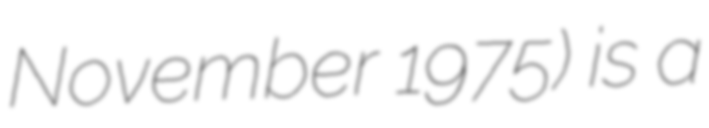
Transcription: November 1975) is a